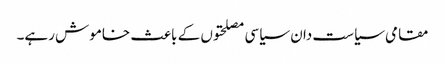
مقامی سیاست دان سیاسی مصلحتوں کے باعث خاموش رہے۔